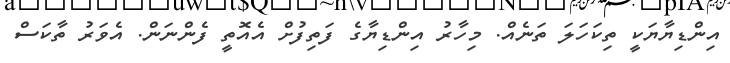
އިންޑިޔާޔަކީ ތިކަހަލަ ތަނެއް. މިހާރު އިންޑިޔާގެ ފަތިފުށް އެއޮތީ ފެންނަން. އެވަރު ތާކަސް